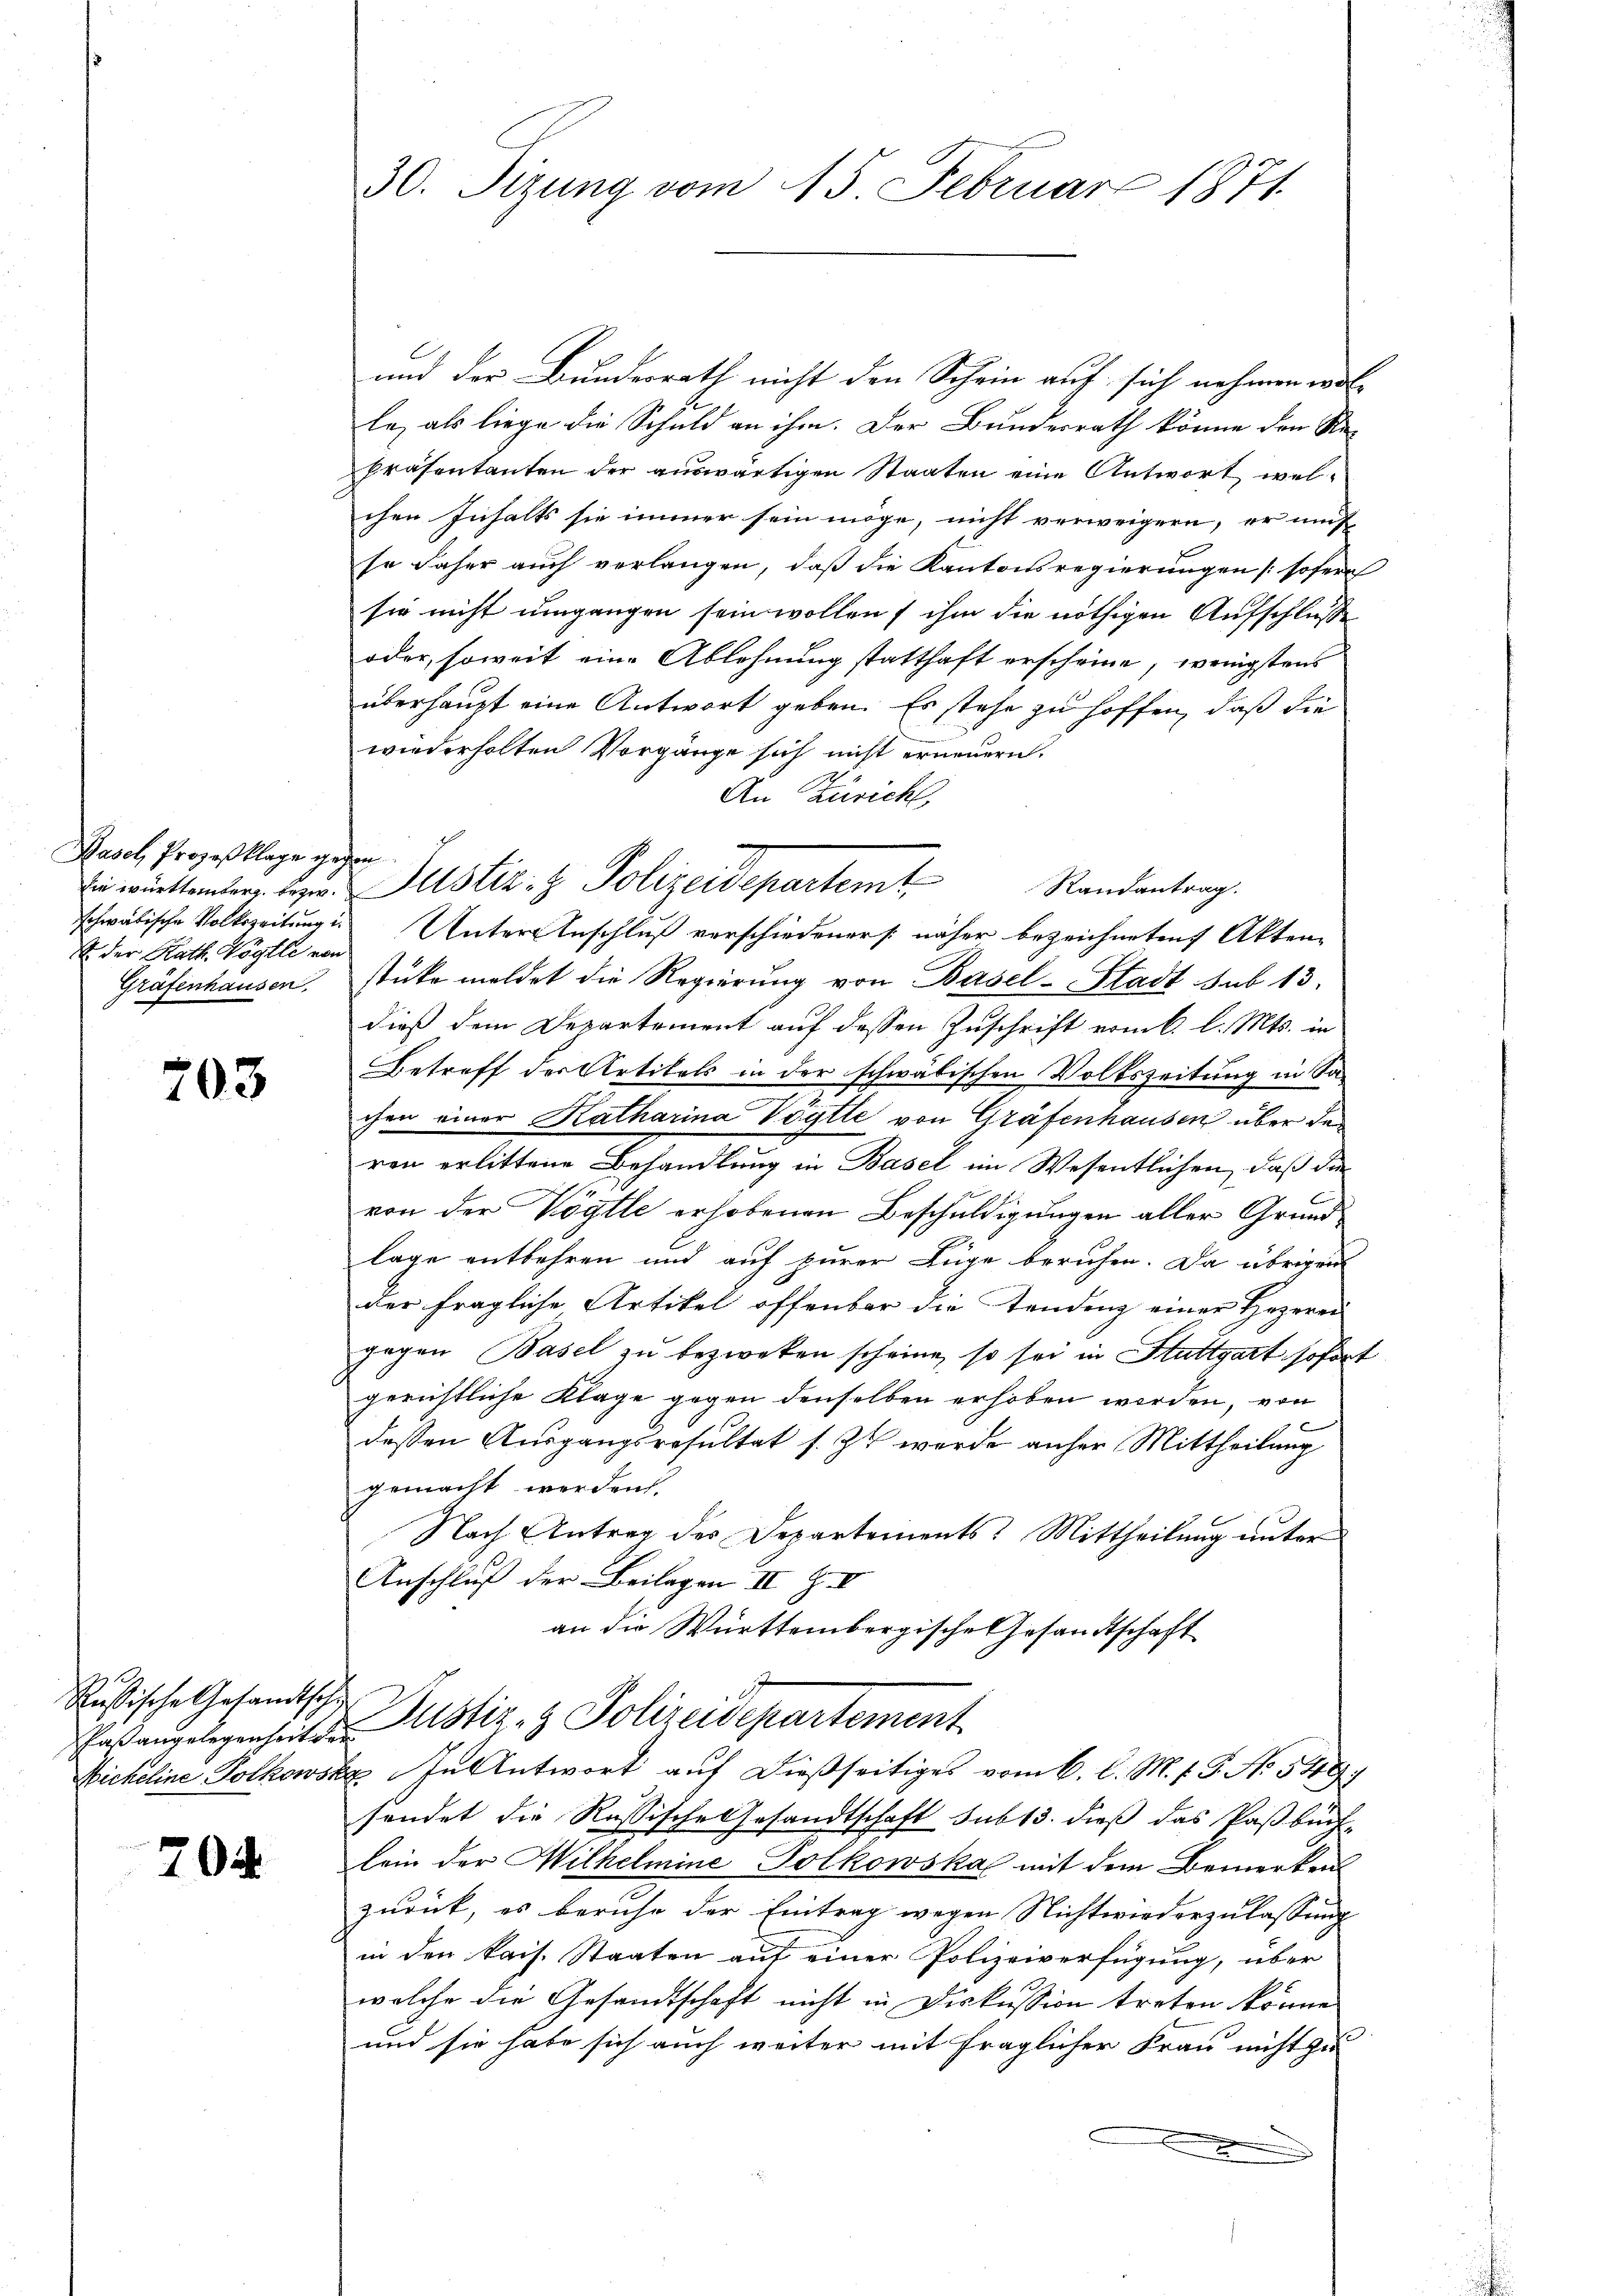
Wasch Prozeßklage gegen
schwäbische Volkszeitung in
E der Rath. Vögtli von
Grafenhausen,

203

Rußische Gesandtschie
kaßangelegenheit de
Nickeline Potkowsk

70

30. Sizung vom 15. Februar 1871.

und der Bundesrath nicht den Schein auf sich nehmen wol-
2
le, als liege die Schuld an ihm. Der Bundesrath könne den Ste-
Präsentanten der auswärtigen Staaten eine Antwort, welchen Inhalts sie immer sein möge, nicht verweigern, er mus
se daher auch verlangen, daß die Kantonsregierungen [sofern
sie nicht umgangen sein wollen ihm die nöthigen Aufschluße
oder, soweit eine Ablehnung statthaft erscheine, wenigstens
überhaupt eine Antwort geben. Es stehe zu hoffen, daß die
wiederholten Vorgänge sich nicht erneuern.
An Zürich,
 willenden, der Justiz- & Polizeidepartemt
Randantrag.
Unter Anschluß verschiedeners näher bezeichneten Akten-
stüke meldet die Regierung von Basel-Stadt sub 13.
dieß dem Departement auf dessen Zuschrift vom 6. l. Mts. in
Betreff der Artikels in der schwäbischen Volkszeitung in Sachen einer Katharina Vögtle von Grafenhausen über de
ren erlittene Behandlung in Basel im Wesentlichen, daß die
von der Vögtle erhobenen Beschuldigungen aller Grund
lage entbehren und auf zurer Lüge beruhen. Da übrigen
der fragliche Artikel offenbar die Tendenz einer Hozerei
gegen Basel zu bezweken scheine, so sei in Stuttgart sofort
gerichtliche Klage gegen denselben erhoben worden, von
dessen Ausgangsresultat s. Zu werde anher Mittheilung
gemacht werden.
Nach Antrag des Departements-Mittheilung unter
Anschluß der Beilagen II Z IV
an die Württembergische Gesandtschaft
Justiz- & Polizeidepartement
 In Antwort auf dießseitiges vom 6. l. M. f. G. No. 549)
sendet die Russische Gesandtschaft sub 13. dieß das Paßbuch-
lein der Wilhelmine Polkowska mit dem Bemerken
zurück, es beruhe der Eintrag wegen Nichtwiederzulassung
in den kais. Staaten auf einer Polizeiverfügung, über
welche die Gesandtschaft nicht in Diskussion treten könne
und sie habe sich auch weiter mit fraglicher Frau nicht zu